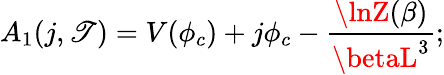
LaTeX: A_{1}(j,\mathscr{T})=V(\phi_{c})+j\phi_{c}-{\frac{{\lnZ(\beta)}}{{\betaL^{3}}}};